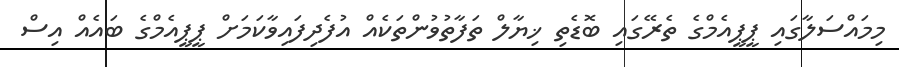
މިމައްސަލާގައި ޕީޕީއެމްގެ ތެރޭގައި ބޮޑެތި ޚިޔާލް ތަފާތުވުންތަކެއް އުފެދިފައިވާކަމަށް ޕީޕީއެމްގެ ބައެއް އިސް